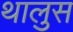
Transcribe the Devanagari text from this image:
थालुस